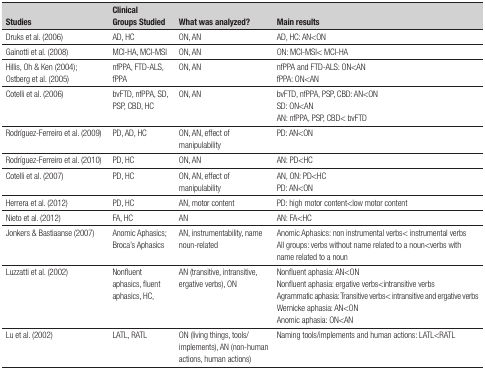
<table><thead><tr><td><b>Studies</b></td><td><b>Clinical Groups Studied</b></td><td><b>What was analyzed?</b></td><td><b>Main results</b></td></tr></thead><tbody><tr><td>Druks et al. (2006)</td><td>AD, HC</td><td>ON, AN</td><td>AD, HC: AN&lt;ON</td></tr><tr><td>Gainotti et al. (2008)</td><td>MCI-HA, MCI-MSI</td><td>ON, AN</td><td>ON: MCI-MSI&lt; MCI-HA</td></tr><tr><td>Hillis, Oh &amp; Ken (2004); Ostberg et al.(2005)</td><td>nfPPA, FTD-ALS, fPPA</td><td>ON, AN</td><td>nfPPA and FTD-ALS: ON&lt;ANfPPA: ON&lt;AN</td></tr><tr><td>Cotelli et al. (2006)</td><td>bvFTD, nfPPA, SD, PSP, CBD, HC</td><td>ON, AN</td><td>bvFTD, nfPPA, PSP, CBD: AN&lt;ONSD: ON&lt;ANAN:nfPPA, PSP, CBD&lt; bvFTD</td></tr><tr><td>Rodríguez-Ferreiro et al. (2009)</td><td>PD, AD, HC</td><td>ON, AN, effect of manipulability</td><td>PD: AN&lt;ON</td></tr><tr><td>Rodríguez-Ferreiro et al. (2010)</td><td>PD, HC</td><td>ON, AN</td><td>AN: PD&lt;HC</td></tr><tr><td>Cotelli et al. (2007)</td><td>PD, HC</td><td>ON, AN, effect of manipulability</td><td>AN, ON: PD&lt;HCPD: AN&lt;ON</td></tr><tr><td>Herrera et al. (2012)</td><td>PD, HC</td><td>AN, motor content</td><td>PD: high motor content&lt;low motor content</td></tr><tr><td>Nieto et al. (2012)</td><td>FA, HC</td><td>AN</td><td>AN: FA&lt;HC</td></tr><tr><td>Jonkers &amp; Bastiaanse (2007)</td><td>Anomic Aphasics;Broca&#x27;s Aphasics</td><td>AN, instrumentability, name noun-related</td><td>Anomic Aphasics: non instrumental verbs&lt;instrumental verbsAll groups: verbs without name related to anoun&lt;verbs with name related to a noun</td></tr><tr><td>Luzzatti et al. (2002)</td><td>Nonfluent aphasics, fluent aphasics, HC,</td><td>AN (transitive, intransitive, ergative verbs),ON</td><td>Nonfluent aphasia: AN&lt;ONNonfluent aphasia:ergative verbs&lt;intransitive verbsAgrammatic aphasia:Transitive verbs&lt; intransitive and ergative verbsWernickeaphasia: AN&lt;ONAnomic aphasia: ON&lt;AN</td></tr><tr><td>Lu et al. (2002)</td><td>LATL, RATL</td><td>ON (living things, tools/implements), AN (non-humanactions, human actions)</td><td>Naming tools/implements and human actions:LATL&lt;RATL</td></tr></tbody></table>